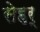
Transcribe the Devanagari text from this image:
सेहर्